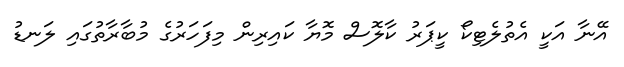
އޭނާ އަކީ އެތުލެޓިކޯ ކީޕަރު ކާލޮސް މޮޔާ ކައިރިން މިފަހަރުގެ މުބާރާތުގައި ލަނޑު